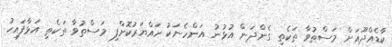
ކާޑެއްދޫއަށް މަސްތުވާ ތަކެތި ގެންދަން އުޅުނު އަންހެނަކު ހައްޔަރުކޮށްފި މަސްތުވާ ތަކެތި އަޅާފައިހު